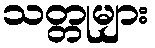
သတ္တုများ